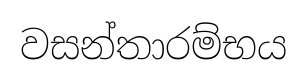
වසන්තාරම්භය